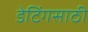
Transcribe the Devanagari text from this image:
डेटिंगसाठी